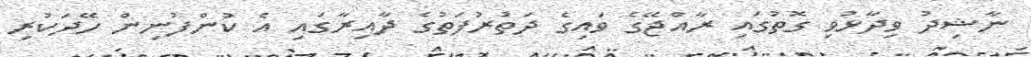
ނާޝިދު ވިދާޅުވި ގޮތުގައި ރާއްޖޭގެ ވައިގެ ދަތުރުފަތުގެ ދާއިރާގައި އެ ކުންފުނިން ހޭދަކުރި